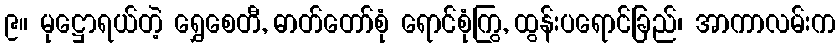
၉။ မုဋ္ဌောရယ်တဲ့ ရွှေစေတီ, ဓာတ်တော်စုံ ရောင်စုံကြွ, ထွန်းပရောင်ခြည်၊ အာကာလမ်းက